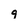
Character: 9